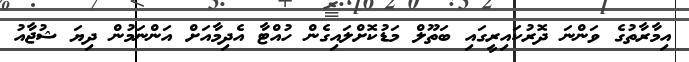
އިމާރާތުގެ ވަންނަ ދޮރުކައިރީގައި ބަތޫލް މަޑުކޮށްލައިގެން ހުއްޓާ އެދިމާއަށް އަންނަމުން ދިޔަ ޝުޖާއު